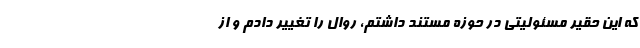
که این حقیر مسئولیتی در حوزه مستند داشتم، روال را تغییر دادم و از